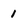
Character: 1